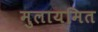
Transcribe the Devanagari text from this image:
मुलायमित